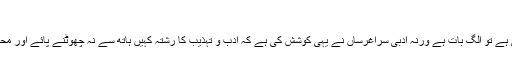
”
” اگر کچھ حضرات کے نزدیک یہ بے ادبی ہے تو الگ بات ہے ورنہ ادبی سراغرساں نے یہی کوشش کی ہے کہ ادب و تہذیب کا رشتہ کہیں ہاتھ سے نہ چھوٹنے پائے اور محض دلائل اور اقتباسات پیش کردیئے جائیں ۔